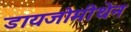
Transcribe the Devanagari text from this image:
डायजोमीथेन